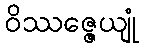
ဝိဿဇ္ဇေယျုံ